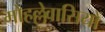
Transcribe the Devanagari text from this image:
मोहल्लेवासियों